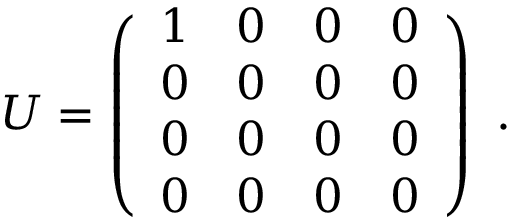
U = \left( \begin{array} { c c c c } { { 1 } } & { { 0 } } & { { 0 } } & { { 0 } } \\ { { 0 } } & { { 0 } } & { { 0 } } & { { 0 } } \\ { { 0 } } & { { 0 } } & { { 0 } } & { { 0 } } \\ { { 0 } } & { { 0 } } & { { 0 } } & { { 0 } } \end{array} \right) ~ .